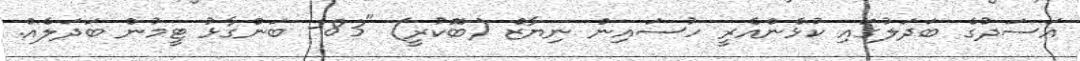
އަސަދުގެ ބަދަލުގައި ކުޅެންއެރީ ހުސައިން ނިޔާޒް (ބޮކުރީ) "83- ބަންގާޅު ޓީމުން ބަދަލެއް.